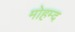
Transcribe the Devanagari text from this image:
मोहम्द